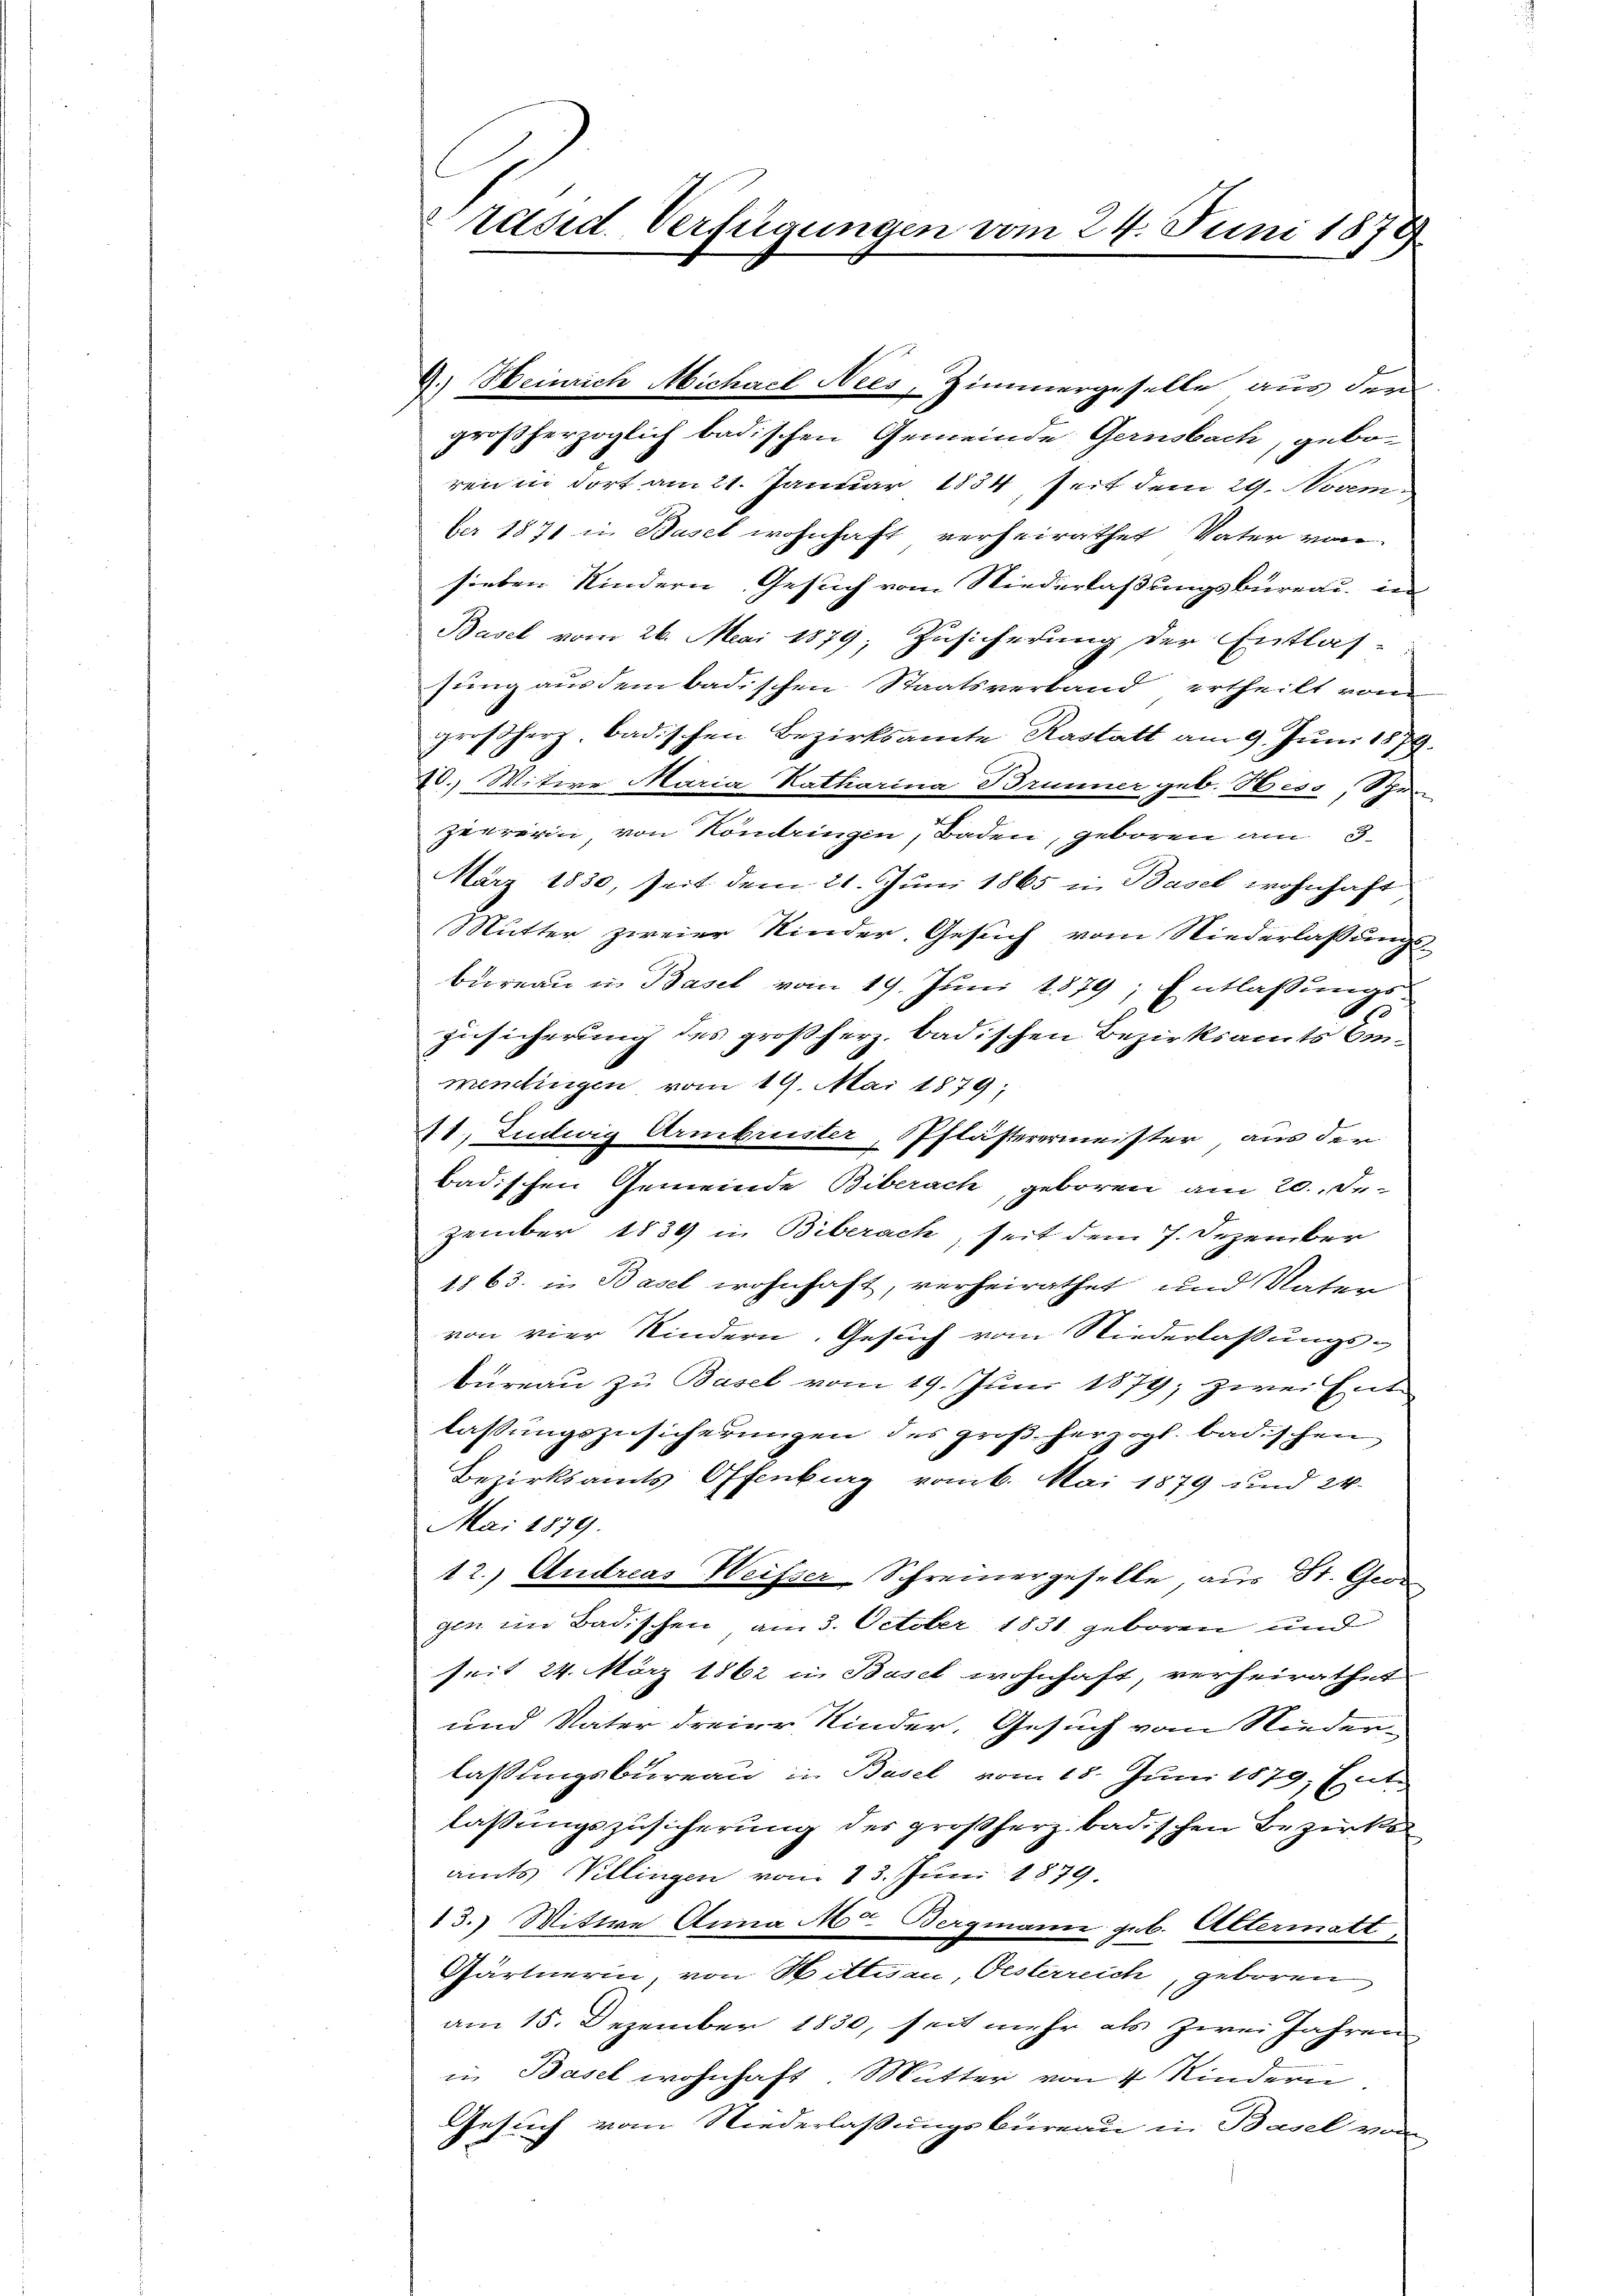
9.) Heinrich Michael Nees, Zimmergeselle aus dem
großherzoglich badischen Gemeinde Gernsbach, geboren in dort am 21. Januar 1834, Zeit dem 29. Novem
ber 1871 in Basel wohnhaft verheirathet Vater von
sieben Kindern Gesuch vom Niederlaßungsbureau in
Basel vom 26. Mai 1879; Zusicherung der Entlas-
sung aus dem badischen Staatsverband ertheilt vom
großherz. badischen Bezirksamte Rastatt am 9. Juni 1879.
20.) Witwe Maria Katharina Brunner geb. Hess, Schre
zeererin von Köndringen, Baden, geboren am 3.
März 1830, seit dem 21. Juni 1865 in Basel wohnhaft
Mutter zweier Kinder. Gesuch vom Niederlassungs-
büreaŭ in Basel vom 19. Jŭni 1879; Entlassŭngs-
Zusicherung des großherz. Badischen Bezirksamts Emmentingen vom 19. Mai 1879;
41, Ludwig Armbrister, Pflästerermeister aus der
badischen Gemeinde Biberach, geboren am 20. Je
zember 1839 in Biberach, seit dem 7. Dezember
1863 in Basel wohnhaft, verheirathet und Vater
von vier Kindern. Gesuch vom Niederlaßungsbureau zu Basel vom 19. Juni 1879; zwei Ent
lassungszusicherungen des großherzogl. badischen
Bezirksamts Offenburg vom 6. Mai 1879 und 24.
Mai 1879.
12.) Andreas Weisser Schreinergeselle, aus St. Gerd
gin im Badischen, am 3. October 1831. geboren und
seit 24. März 1862 in Basel wohnhaft, verheirathet
und Vater dreier Kinder, Gesuch vom Niederlassungsbureau in Basel vom 18. Juni 1879, Entlassungszusicherung des großherz badischen Bezirks
amts Viellingen vom 13. Juni 1879.
13.) Mitte Anna Mo. Bergmann geb. Altermatt
Gärtnerin, von Hittnau, Oesterreich, geboren
am 15. Dezember 1830, seit mehr als zwei Jahren
in Basel wohnhaft. Mutter von 4 Kindern.
Gesuch vom Niederlaßungsbüreau in Basel von

Präsid. Verfügungen vom 24. Juni 1878